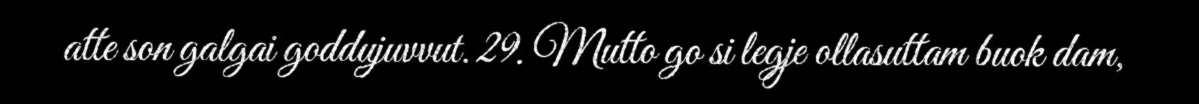
atte son galgai goddujuvvut. 29. Mutto go si legje ollasuttam buok dam,